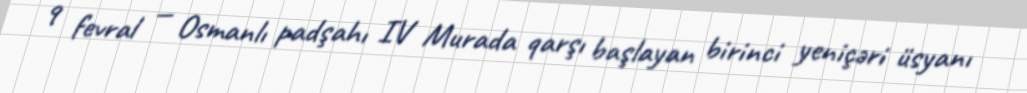
9 fevral — Osmanlı padşahı IV Murada qarşı başlayan birinci yeniçəri üsyanı